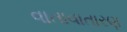
વાતાવાતારણ